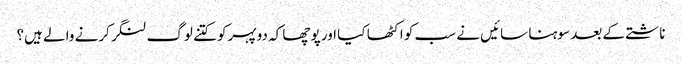
ناشتے کے بعد سوہنا سائیں نے سب کو اکٹھا کیا اور پوچھا کہ دوپہرکو کتنے لوگ لنگر کرنے والے ہیں؟